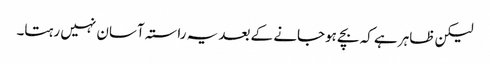
لیکن ظاہر ہے کہ بچے ہوجانے کے بعد یہ راستہ آسان نہیں رہتا۔